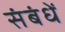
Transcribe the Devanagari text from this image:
संबंधें